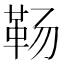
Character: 𱁱